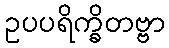
ဥပပရိက္ခိတဗ္ဗာ